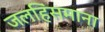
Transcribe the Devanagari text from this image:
जलहिंसमाना